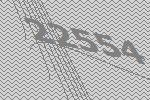
22554